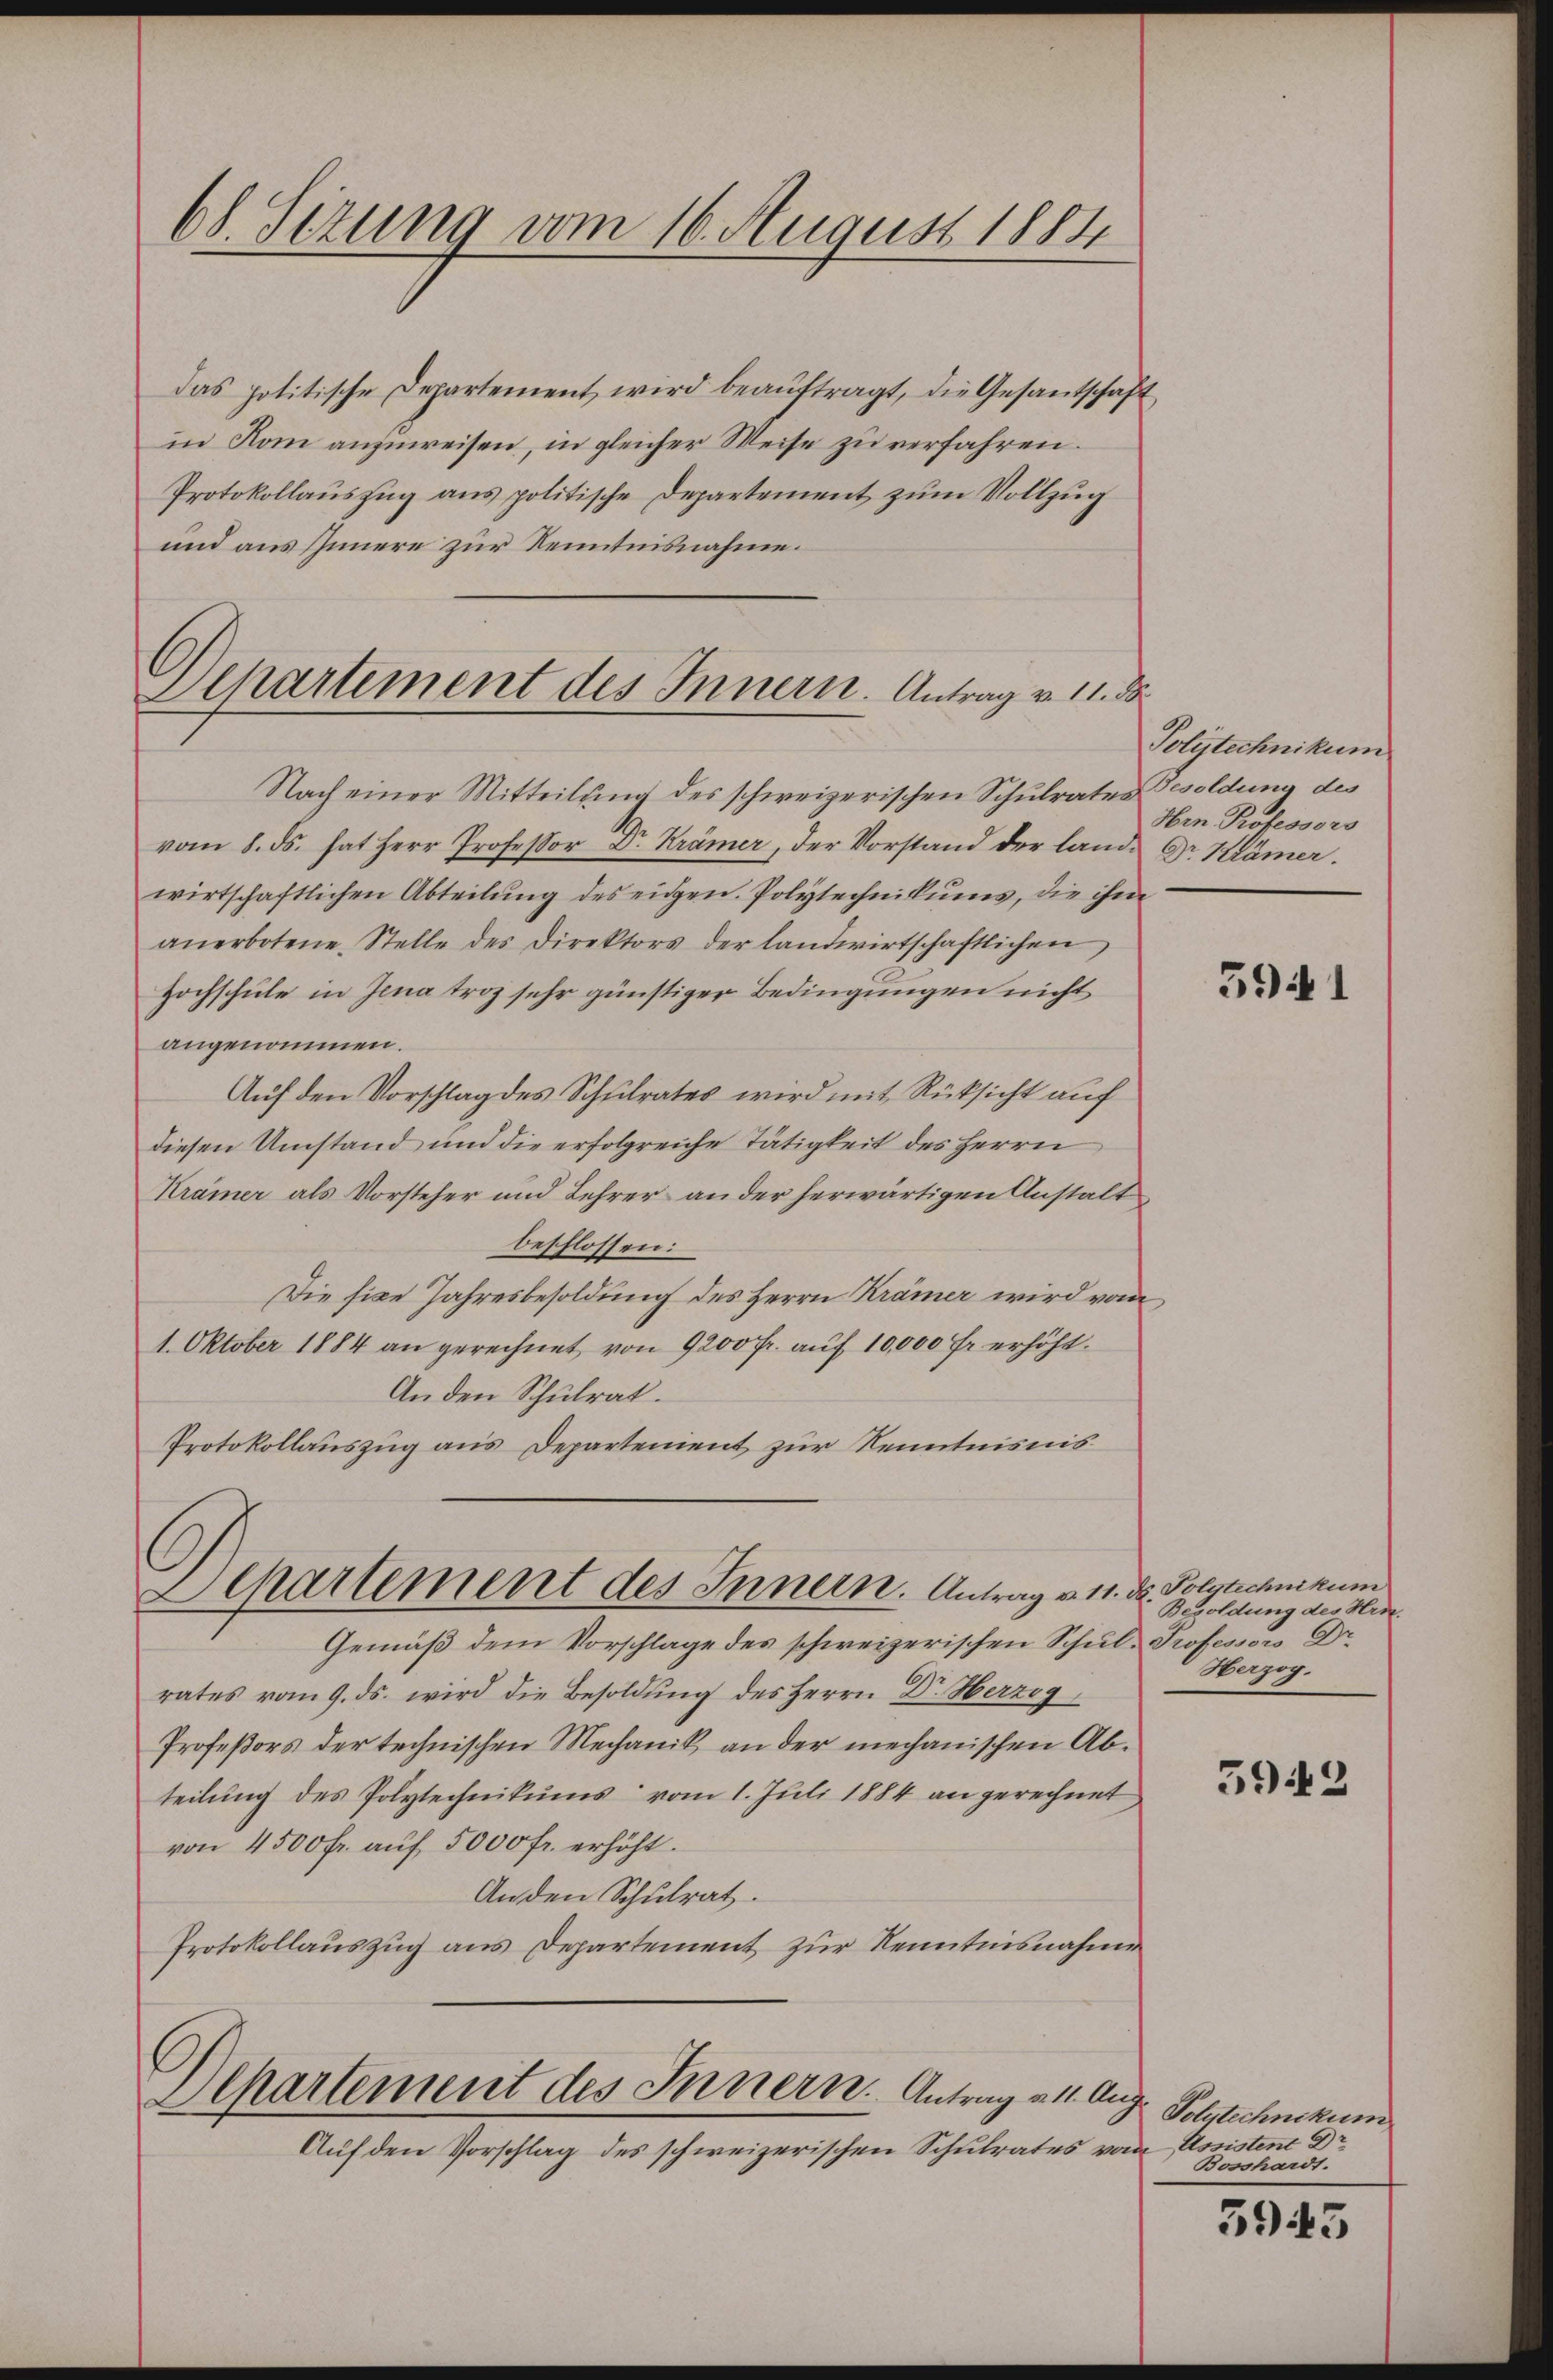
68. Sizung vom 16. August 1884

das politische Departement wird beaŭftragt, die Gesantschaft
in Rom anzuweisen, in gleicher Weise zu verfahren.
Protokollauszug aus politische Departement zum Vollzug
und aus Innere zur Kenntnisnahme.

Separtement des Innern. Antrag v. 11. d

Separtement des Innern. Antrag u. 11. d. Polytechnikum

Departement des Innern. Antrag v. 11. Aug

Nach einer Mitteilung des schweizerischen Schulrates Gesoldung des
vom 8. ds. hat Herr Professor Dr. Krämer, der Vorstand der lande Dr. Krämer.
wirtschaftlichen Abteilung des eidgen. Polytechnikums, die ihm
anerbotene Stelle des Direktors der landwirtschaftlichen
Hochschule in Jena troz sehr günstiger Bedingungen nicht
angenommen.
Auf den Vorschlag des Schulrates wird mit Rücksicht auf
diesen Umstand und die erfolgreiche Tätigkeit des Herrn
Krämer als Vorsteher und Lehrer an der herwärtigen Anstalt
beschlossen:
Die fixe Jahresbesoldung des Herrn Krämer wird vom
1. Oktober 1884 an gerechnet von 9200 fr. auf 10,000 Fr. erhöht.
An den Schulrat.
Protokollauszug aus Departenient zur Kenntnisnis

Auf den Vorschlag des schweizerischen Schulrates vom Assistent Dr

Gemäβ dem Vorschlage des schweizerischen Schŭl- Professors Dr.
rates vom 9. ds. wird die Besoldung des Herrn Dr. Herzog
Profeßors der technischen Mechanik an der mechanischen Abteilung des Polytechnikums vom 1. Juli 1884 an gerechnet
von 4500 fr. auf 5000 fr. erhöht.
Anden Schulrat.
Protokollauszug aus Departement zur Kenntnisnahme

Polytechnikum.
Hrn Professors

3941

Besoldung des Hrn.
Herzog.

5942

Polytechnikum
Bosshardt.

5945